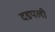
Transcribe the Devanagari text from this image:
दडपली